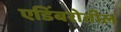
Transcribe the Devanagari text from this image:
एडिंबरोतील